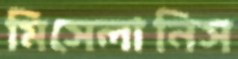
মিসেলানিস